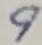
Text: 9